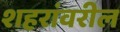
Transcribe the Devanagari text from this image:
शहरांवरील